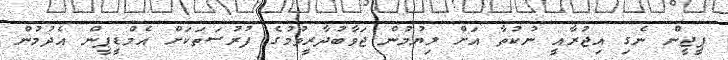
ޕީޖީން ނެގި އިޖުރާއީ ނުކުތާ އަށް ލިޔުމުން ޖަވާބުދާރީވުމުގެ ފުރުސަތަކަށް އެމްޑީޕީން އެދުމުން